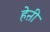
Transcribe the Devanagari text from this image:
हेऩी